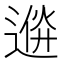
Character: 𨔮